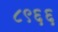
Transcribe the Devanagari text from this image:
८९६६